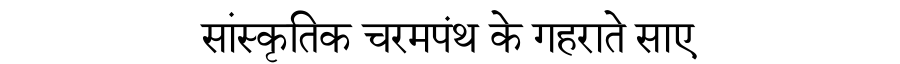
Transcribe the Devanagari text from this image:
सांस्कृतिक चरमपंथ के गहराते साए